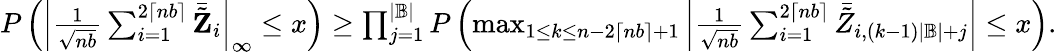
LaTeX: \begin{array}{r}{P\left(\left|\frac{1}{\sqrt{nb}}\sum_{i=1}^{2\lceil nb\rceil}\bar{\tilde{\mathbf Z}}_{i}\right|_{\infty}\leq x\right)\geq\prod_{j=1}^{|\mathbb{B}|}P\left(\operatorname*{max}_{1\leq k\leq n-2\lceil nb\rceil+1}\left|\frac{1}{\sqrt{nb}}\sum_{i=1}^{2\lceil nb\rceil}\bar{\tilde{Z}}_{i,(k-1)|\mathbb{B}|+j}\right|\leq x\right).}\end{array}